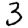
Digit: 3